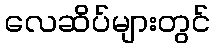
လေဆိပ်များတွင်